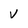
Character: v